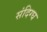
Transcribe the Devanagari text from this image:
संदिग्घ